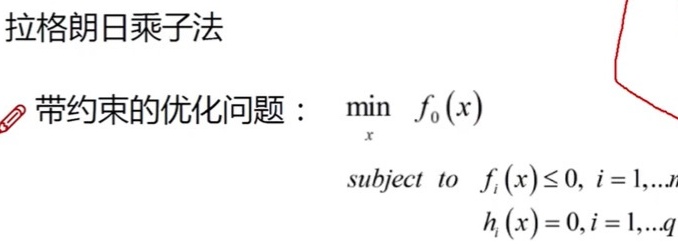
拉格朗日乘子法

带约束的优化问题：$\min_{x} f_0(x)$

subject to $f_i(x)\leq 0, i = 1,...,n$

$h_i(x)=0, i = 1,...,q$